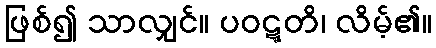
ဖြစ်၍ သာလျှင်။ ပဝဋ္ဋတိ၊ လိမ့်၏။